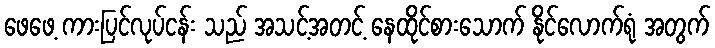
ဖေဖေ့ ကားပြင်လုပ်ငန်း သည် အသင့်အတင့် နေထိုင်စားသောက် နိုင်လောက်ရုံ အတွက်